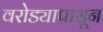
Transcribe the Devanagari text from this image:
वरोड्यापासून